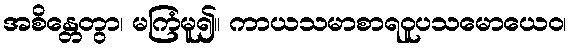
အစိန္တေတွာ၊ မကြံမူ၍။ ကာယသမာစာရဝူပသမောယေဝ၊